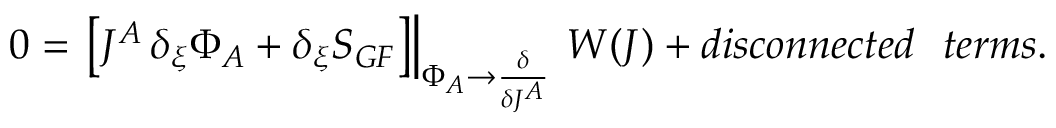
0 = \left. \left[ J ^ { A } \, \delta _ { \xi } \Phi _ { A } + \delta _ { \xi } S _ { G F } \right] \right| _ { \Phi _ { A } \rightarrow \frac { \delta } { \delta J ^ { A } } } \, W ( J ) + d i s c o n n e c t e d ~ ~ t e r m s .